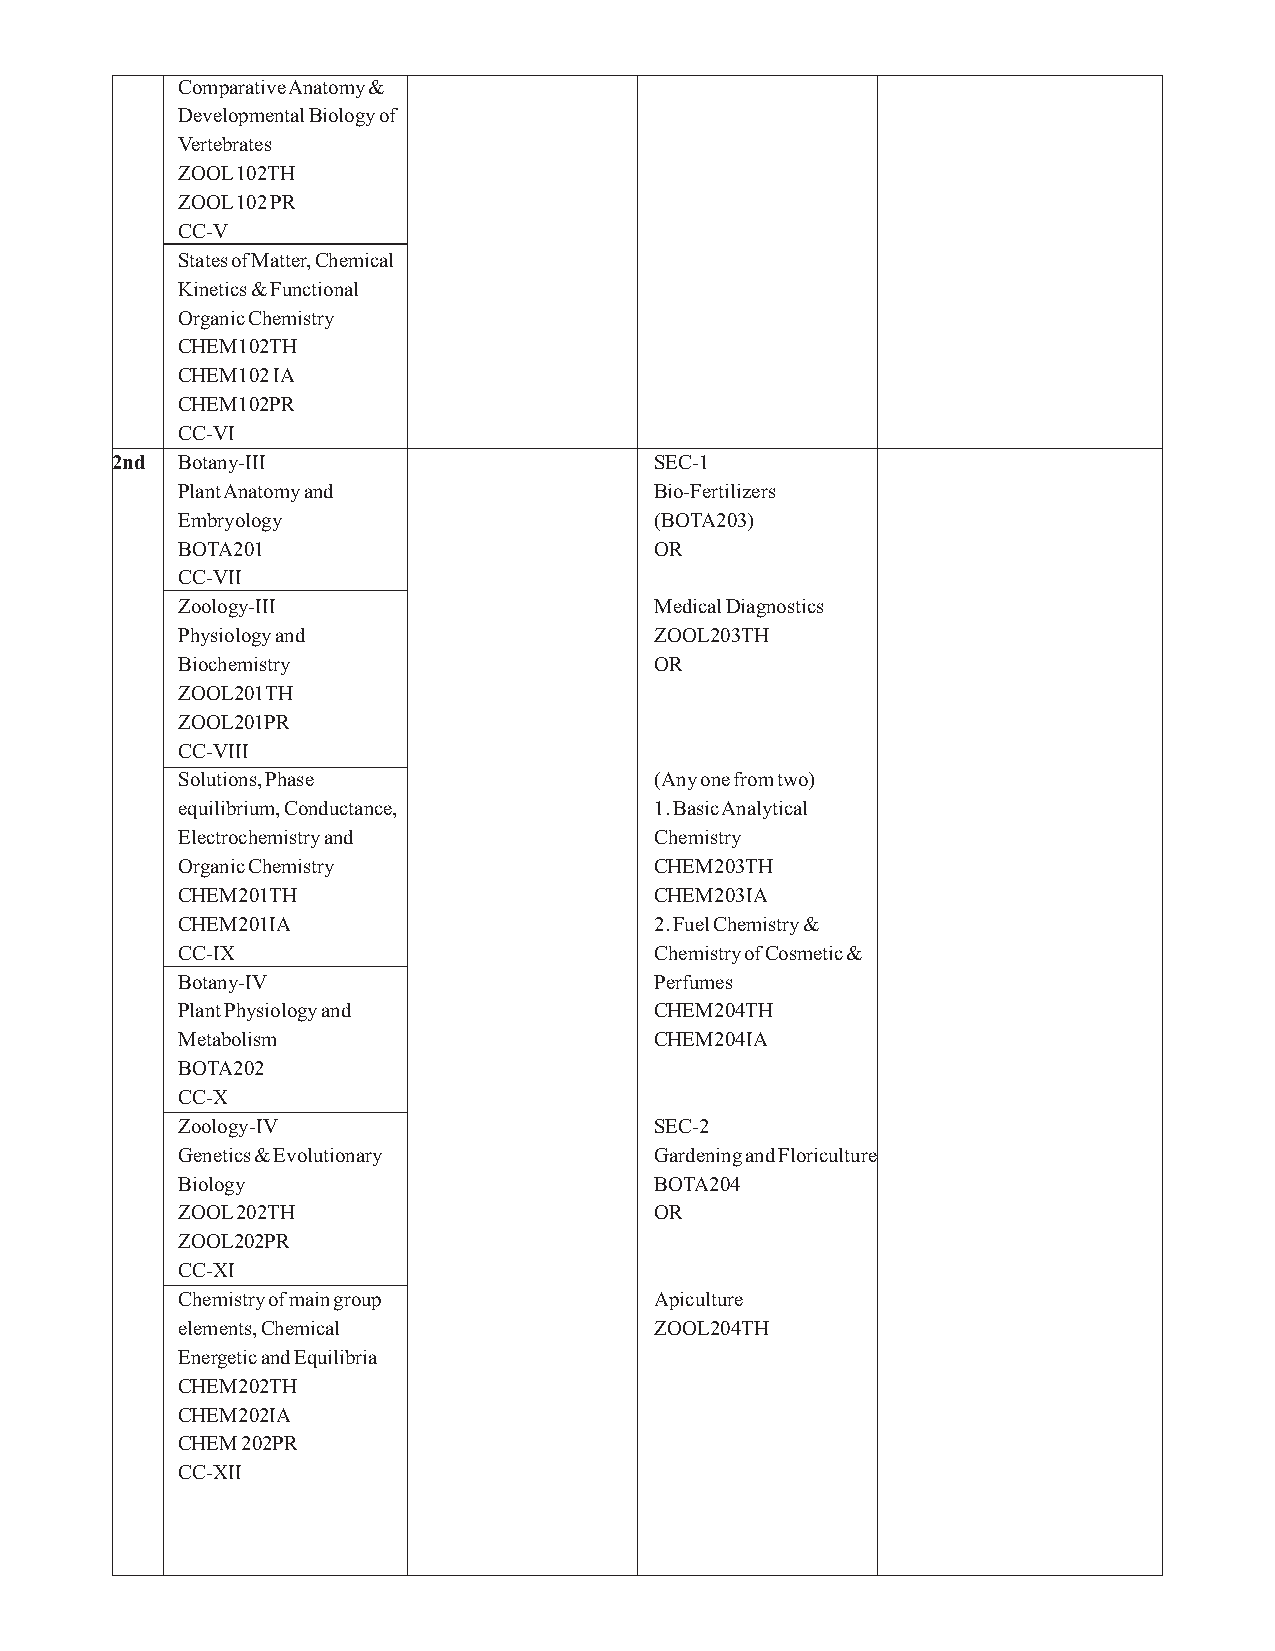
Comparative Anatomy &
 Developmental Biology of
 Vertebrates
 ZOOL 102TH
 ZOOL 102 PR
 CC-V
 States of Matter, Chemical
 Kinetics & Functional
 Organic Chemistry
 CHEM102TH
 CHEM102 IA
 CHEM102PR
 CC-VI
 2nd  Botany-III                     SEC-1
 Plant Anatomy and              Bio-Fertilizers
 Embryology                     (BOTA203)
 BOTA201                        OR
 CC-VII
 Zoology-III                    Medical Diagnostics
 Physiology and                 ZOOL203TH
 Biochemistry                   OR
 ZOOL201TH
 ZOOL201PR
 CC-VIII
 Solutions, Phase               (Any one from two)
 equilibrium, Conductance,      1. Basic Analytical
 Electrochemistry and           Chemistry
 Organic Chemistry              CHEM203TH
 CHEM201TH                      CHEM203IA
 CHEM201IA                      2. Fuel Chemistry &
 CC-IX                          Chemistry of Cosmetic &
 Botany-IV                      Perfumes
 Plant Physiology and           CHEM204TH
 Metabolism                     CHEM204IA
 BOTA202
 CC-X
 Zoology-IV                     SEC-2
 Genetics & Evolutionary        Gardening and Floriculture
 Biology                        BOTA204
 ZOOL 202TH                     OR
 ZOOL202PR
 CC-XI
 Chemistry of main group        Apiculture
 elements, Chemical             ZOOL204TH
 Energetic and Equilibria
 CHEM202TH
 CHEM202IA
 CHEM 202PR
 CC-XII